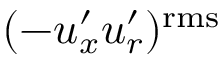
( - u _ { x } ^ { \prime } u _ { r } ^ { \prime } ) ^ { \mathrm { r m s } }